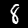
Label: 8